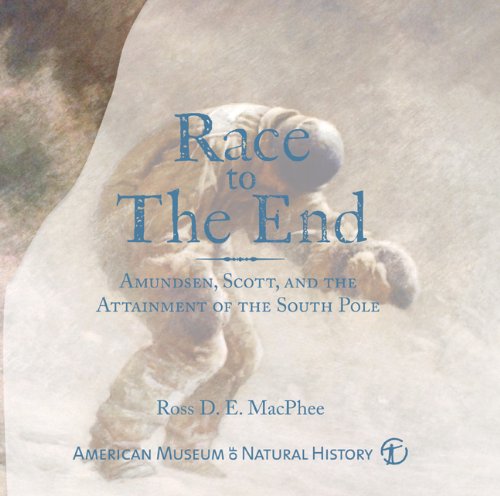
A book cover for Race to The End: Amundsen, Scott, and the Attainment of the South Pole; Ross D. E. MacPhee; History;